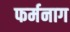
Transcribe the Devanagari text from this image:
फर्मनाग